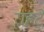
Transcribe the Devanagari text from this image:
राहटे